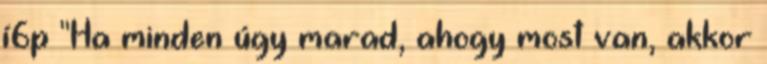
í6p "Ha minden úgy marad, ahogy most van, akkor